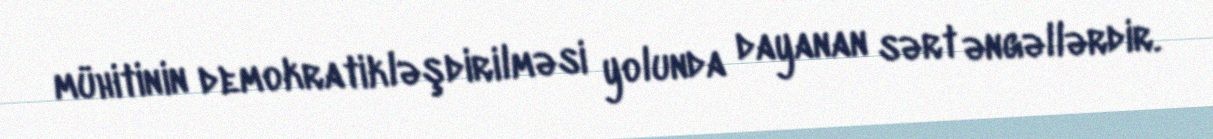
mühitinin demokratikləşdirilməsi yolunda dayanan sərt əngəllərdir.